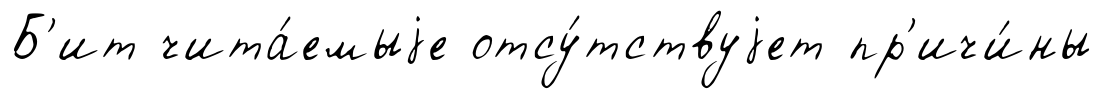
Б'ит чита́емыjе отсу́тствуjет пр'ичи́ны